Report on vaccination proceedings throughout the Government of Bengal -
Year: 1868
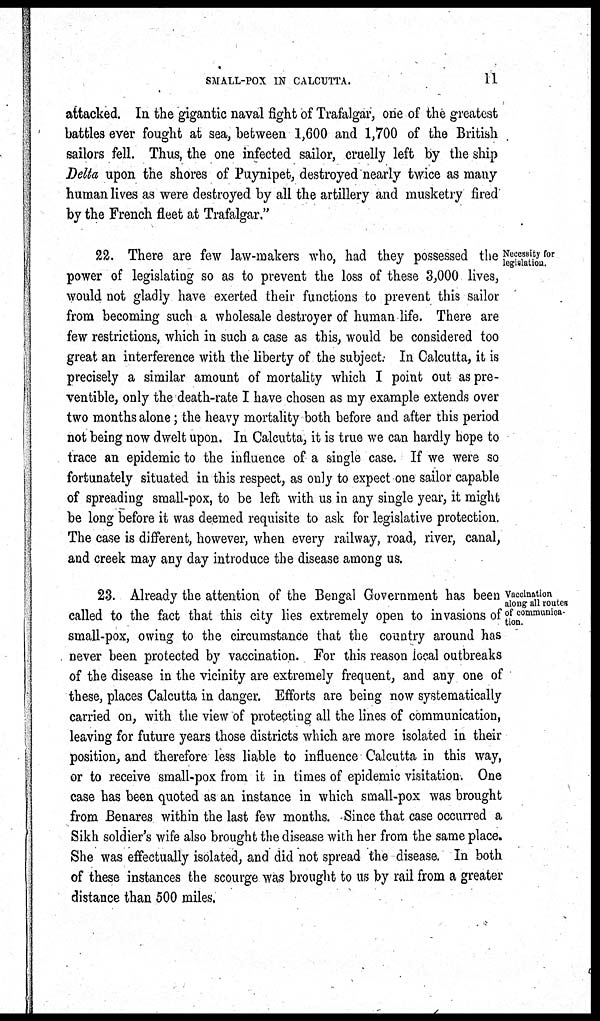
SMALL-POX IN CALCUTTA.
11
attacked. In the gigantic naval fight of Trafalgar, one of the greatest
battles ever fought at sea, between 1,600 and 1,700 of the British
sailors fell. Thus, the one infected sailor, cruelly left by the ship
Delta upon the shores of Puynipet, destroyed nearly twice as many
human lives as were destroyed by all the artillery and musketry fired
by the French fleet at Trafalgar."
Necessity for
legislation.
22. There are few law-makers who, had they possessed the
power of legislating so as to prevent the loss of these 3,000 lives,
would not gladly have exerted their functions to prevent this sailor
from becoming such a wholesale destroyer of human life. There are
few restrictions, which in such a case as this, would be considered too
great an interference with the liberty of the subject. In Calcutta, it is
precisely a similar amount of mortality which I point out as pre-
ventible, only the death-rate I have chosen as my example extends over
two months alone; the heavy mortality both before and after this period
not being now dwelt upon. In Calcutta, it is true we can hardly hope to
trace an epidemic to the influence of a single case. If we were so
fortunately situated in this respect, as only to expect one sailor capable
of spreading small-pox, to be left with us in any single year, it might
be long before it was deemed requisite to ask for legislative protection.
The case is different, however, when every railway, road, river, canal,
and creek may any day introduce the disease among us.
Vaccination
along all routes
of communica-
tion.
23. Already the attention of the Bengal Government has been
called to the fact that this city lies extremely open to invasions of
small-pox, owing to the circumstance that the country around has
never been protected by vaccination. For this reason local outbreaks
of the disease in the vicinity are extremely frequent, and any one of
these, places Calcutta in danger. Efforts are being now systematically
carried on, with the view of protecting all the lines of communication,
leaving for future years those districts which are more isolated in their
position, and therefore less liable to influence Calcutta in this way,
or to receive small-pox from it in times of epidemic visitation. One
case has been quoted as an instance in which small-pox was brought
from Benares within the last few months. Since that case occurred a
Sikh soldier's wife also brought the disease with her from the same place.
She was effectually isolated, and did not spread the disease. In both
of these instances the scourge was brought to us by rail from a greater
distance than 500 miles.